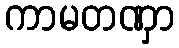
ကာမတဏှာ